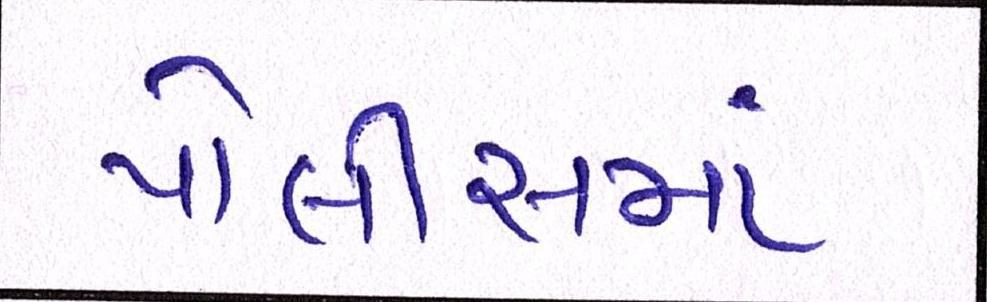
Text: પોલીસમાં